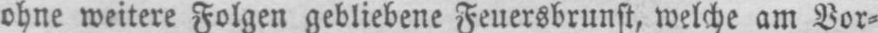
ohne weitere Folgen gebliebene Feuersbrunst, welche am Vor⸗